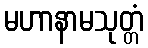
မဟာနာမသုတ္တံ